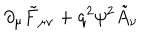
\partial _ { \mu } \tilde { F } _ { \mu \nu } + q ^ { 2 } \psi ^ { 2 } \tilde { A } _ { \nu }